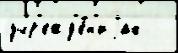
учр'ежд'е́н'иjах